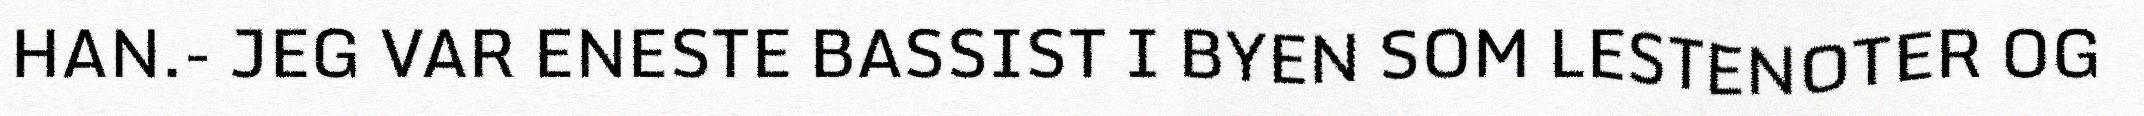
HAN.- JEG VAR ENESTE BASSIST I BYEN SOM LESTENOTER OG